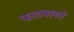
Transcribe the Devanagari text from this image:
फातबल्लों